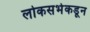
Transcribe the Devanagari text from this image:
लोकसभेकडून